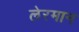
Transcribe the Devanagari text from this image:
लेरमान